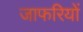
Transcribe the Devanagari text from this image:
जाफरियों